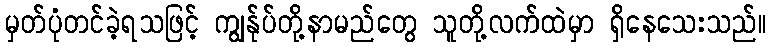
မှတ်ပုံတင်ခဲ့ရသဖြင့် ကျွန်ုပ်တို့နာမည်တွေ သူတို့လက်ထဲမှာ ရှိနေသေးသည်။